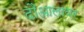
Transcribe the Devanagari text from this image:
दौआलावर